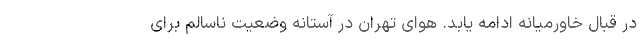
در قبال خاورمیانه ادامه یابد. هوای تهران در آستانه وضعیت ناسالم برای